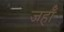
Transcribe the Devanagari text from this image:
जहॉँ